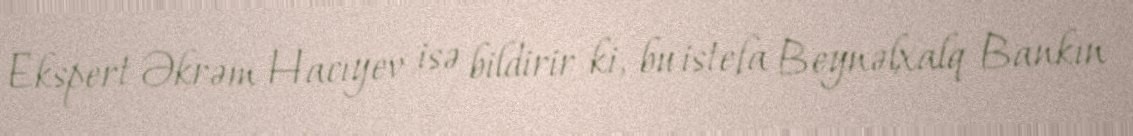
Ekspert Əkrəm Hacıyev isə bildirir ki, bu istefa Beynəlxalq Bankın